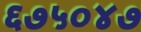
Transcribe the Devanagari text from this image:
६७५०४७